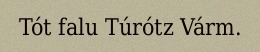
Tót falu Túrótz Várm.